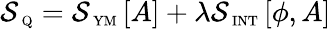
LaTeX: {\mathcal S}_{\mathrm{\scriptsize~Q}}={\mathcal S}_{\mathrm{\scriptsize~YM}}\left[A\right]+\lambda{\mathcal S}_{\mathrm{\scriptsize~INT}}\left[\phi,A\right]